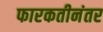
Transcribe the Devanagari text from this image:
फारकतीनंतर